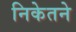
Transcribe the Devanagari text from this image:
निकेतने